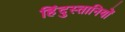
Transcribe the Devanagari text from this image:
हिंदुस्तानियों